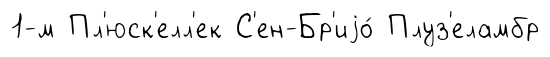
1-м Пл'юск'елл'ек С'ен-Бр'иjо́ Плуз'еламбр